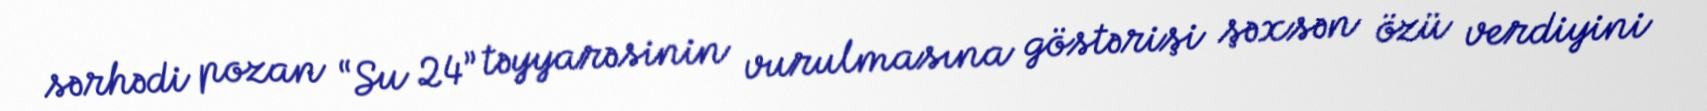
sərhədi pozan “Su 24” təyyarəsinin vurulmasına göstərişi şəxsən özü verdiyini